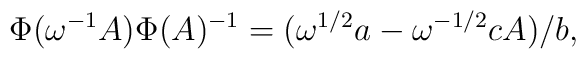
{}~~~~~ \Phi(\omega^{-1}A)\Phi(A)^{-1}=(\omega^{1/2}a-\omega^{-1/2}cA)/b,